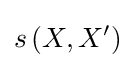
s\left(X,X'\right)